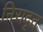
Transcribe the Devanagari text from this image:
निरादृत